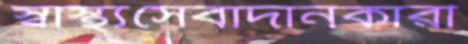
স্বাস্থ্যসেবাদানকারী